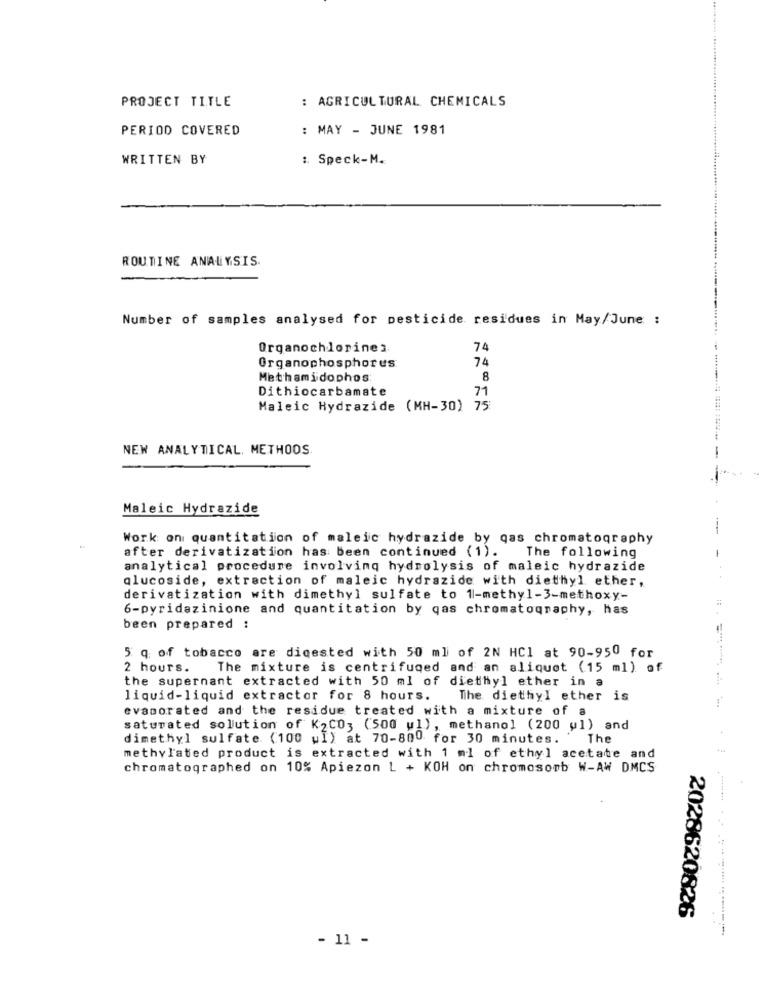
PROJECT TITLE
: AGRICULTURAL CHEMICALS
PERIOD COVERED
: MAY - JUNE 1981
WRITTEN BY
:. Speck-M.
ROUTINE ANALYSIS.
Number of samples analysed for pesticide residues in May/June :
Organochlorine:
74
74
Organophosphores
Methamidophos
8
Dithiocarbamate
71
Maleic Hydrazide (MH-30) 75
NEW ANALYTICAL. METHODS
Maleic Hydrazide
Work on quantitation of maleic hydrazide by gas chromatography
The following
after derivatization has been continued (1).
analytical procedure involving hydrolysis of maleic hydrazide
glucoside, extraction of maleic hydrazide with diethyl ether,
..
derivatization with dimethyl sulfate to 1-methyl-3-methoxy-
6-pyridazinione and quantitation by gas chromatography, has
been prepared :
5 q of tobacco are digested with 50 ml of 2N HCI at 90-950 for
2 hours. The mixture is centrifuged and an aliquot (15 ml) of
the supernant extracted with 50 ml of diethyl ether in a
liquid-liquid extractor for 8 hours.
The, diethyl ether is
evaporated and the residue treated with a mixture of a
saturated solution of K2CO3 (500 ul), methanol (200 ul) and
dimethyl sulfate (100 wI) at 70-800 for 30 minutes.
The
methylated product is extracted with 1 ml of ethyl acetate and
chromatographed on 10% Apiezon L + KOH on chromosomb W-AW DMCS
2028620826
- 11 -